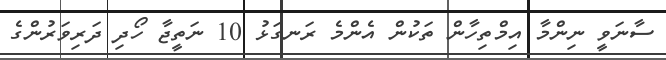
ސާނަވީ ނިންމާ އިމްތިހާން ތަކުން އެންމެ ރަނގަޅު 10 ނަތީޖާ ހޯދި ދަރިވަރުންގެ